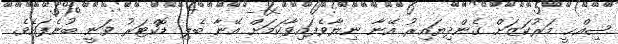
ޞިއްޙީ މަރުކަޒަށް ގެންދިޔައިރު އޭނާ ނިޔާވެފައިވާކަމަށް އޭނާ ބެލި ޑޮކްޓަރު ވަނީ ބުނެފައެވެ.